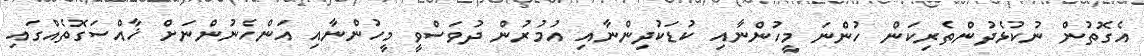
އެގޮތުން ނުކުޅެދުންތެރިކަން ހުންނަ މީހުންނާއި ކުޑަކުދިންނާއި އުމުރުން ދުވަސްވީ މީހުންނާއި އަންހެނުންނަށް ޚާއްސަގޮތެއްގައި